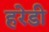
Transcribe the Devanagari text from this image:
हरेडी